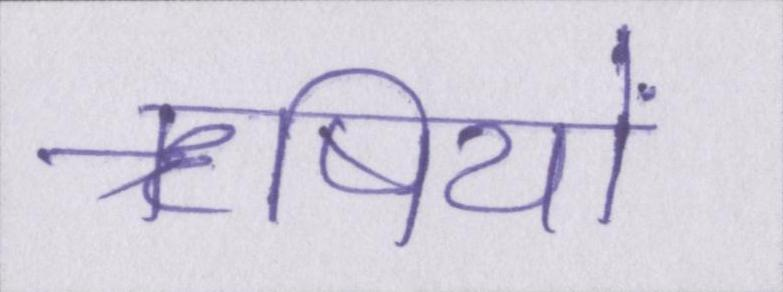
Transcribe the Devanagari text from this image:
ॠषियों